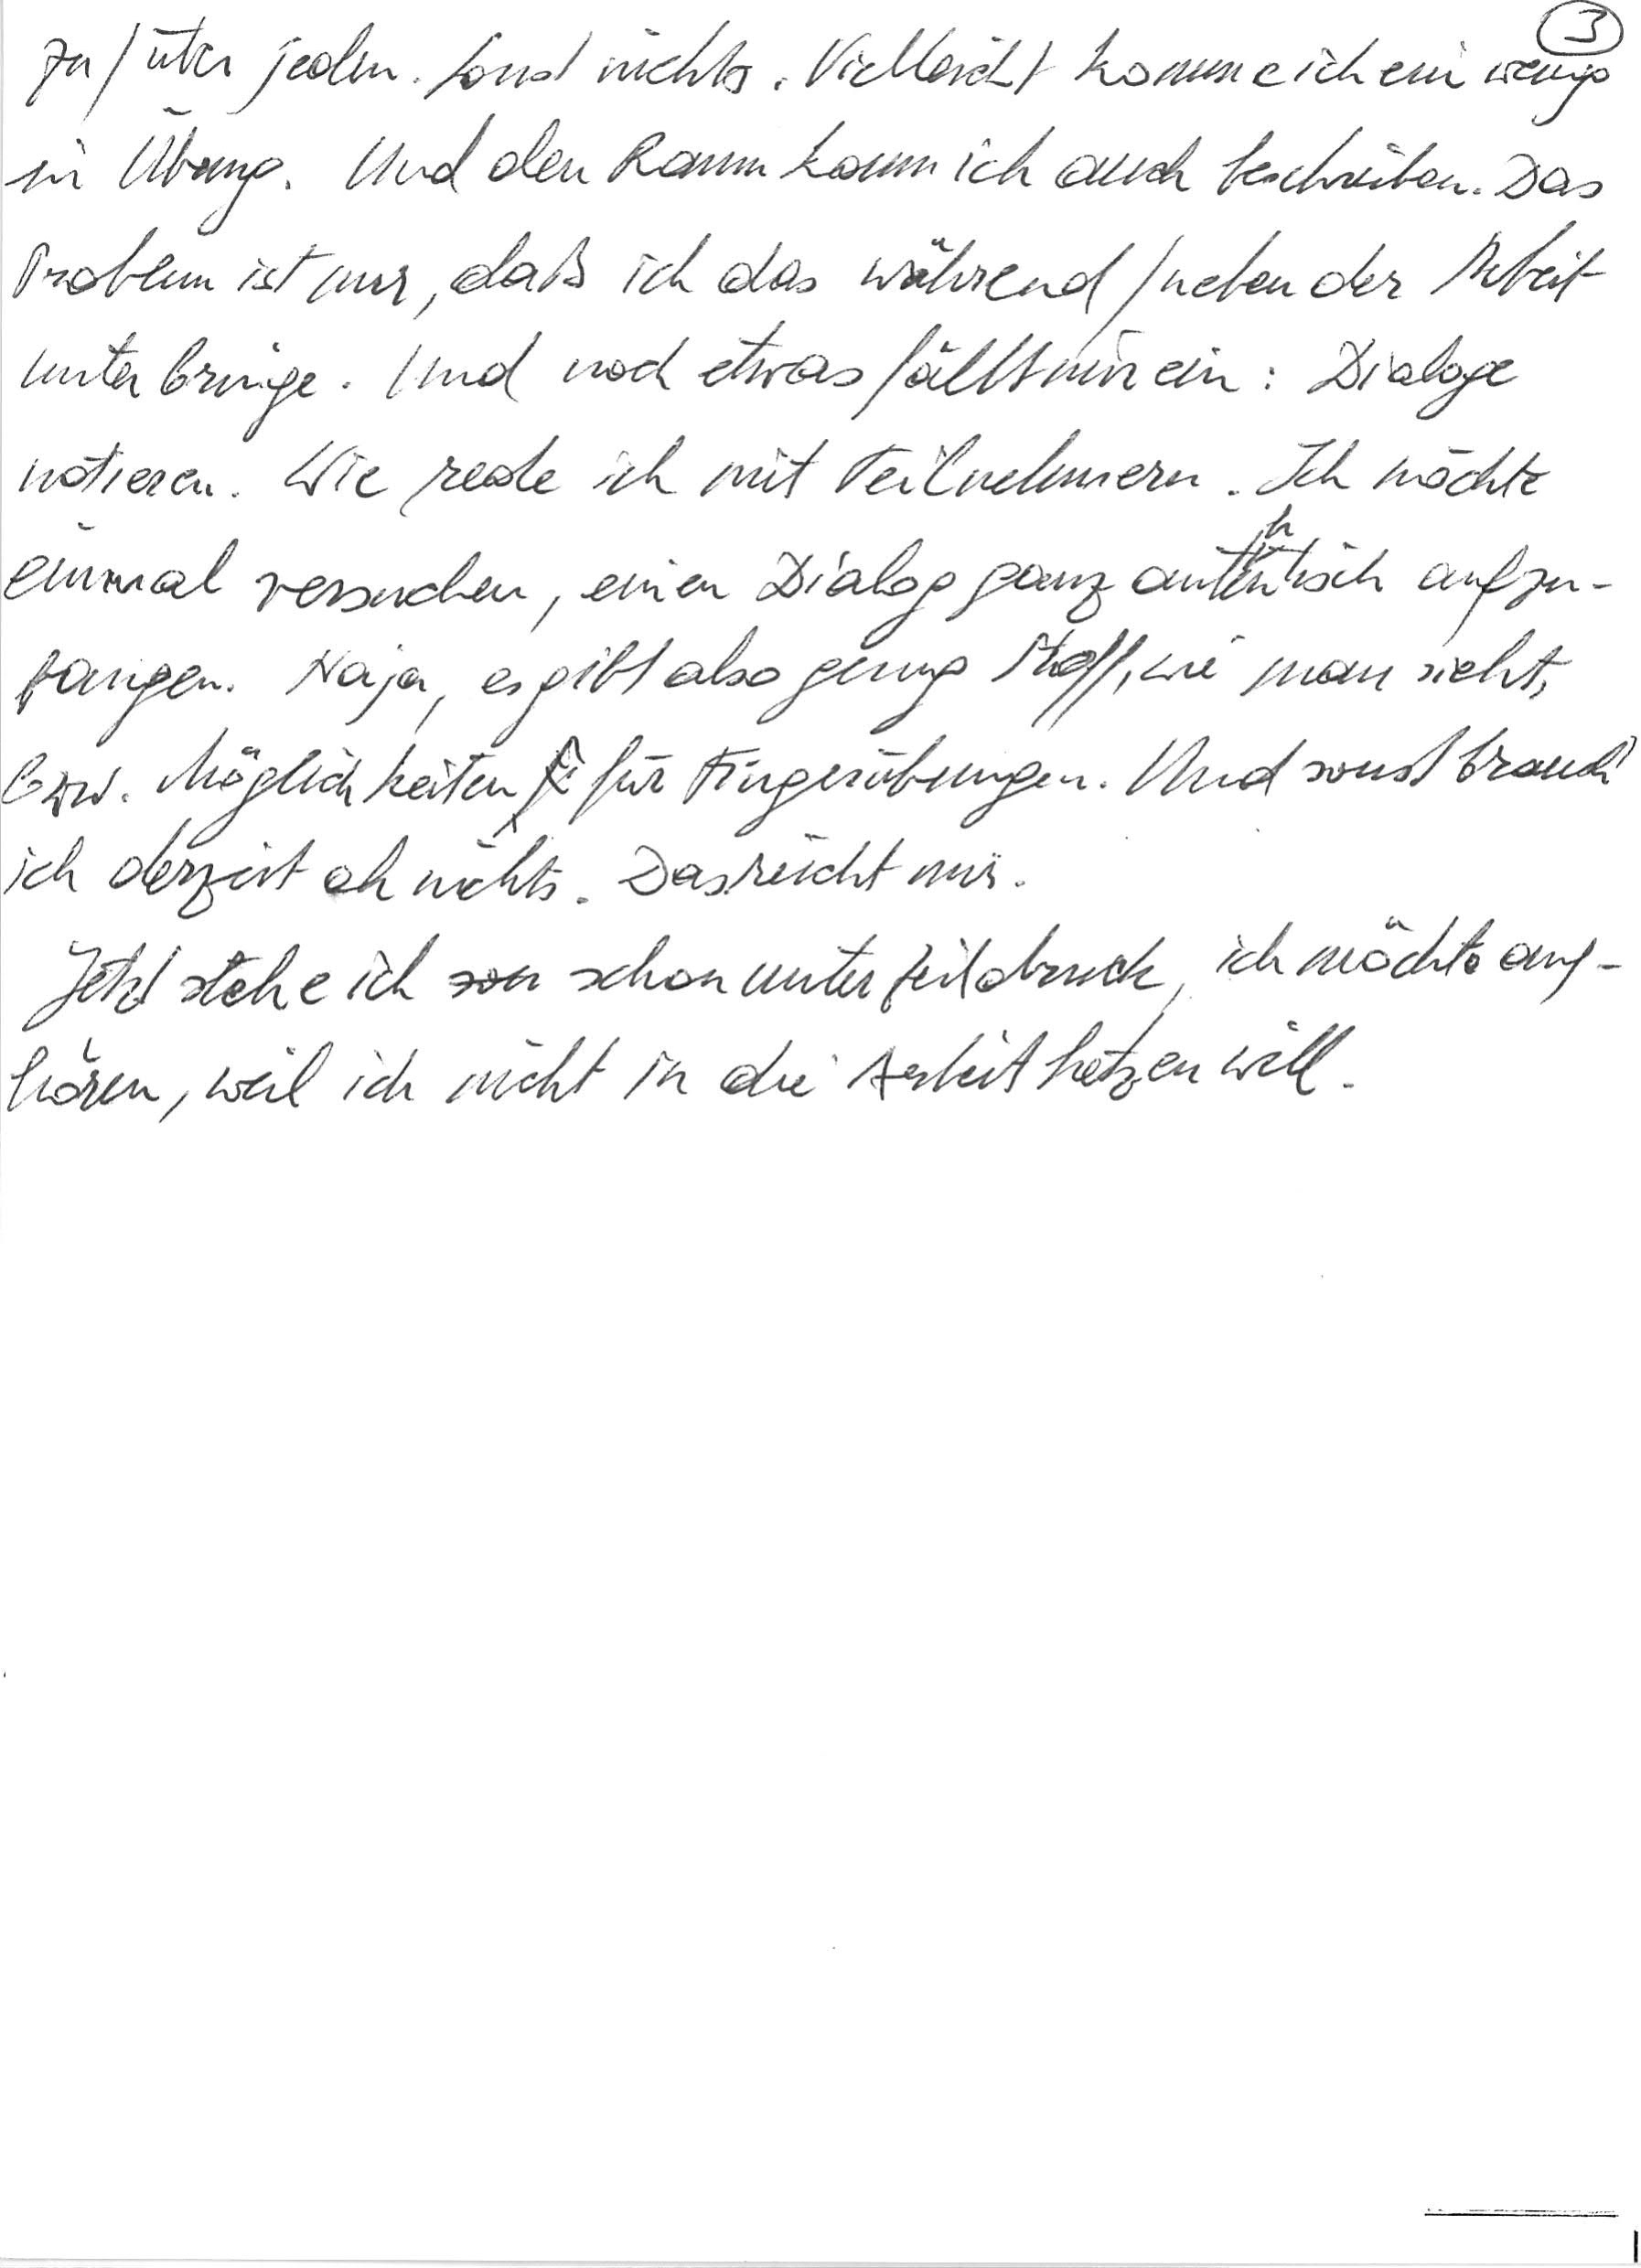
zu/über jede/n. Sonst nichts. Vielleicht komme ich ein wenig
in Übung. Und den Raum kann ich auch beschreiben. Das
Problem ist nur, daß ich das während/neben der Arbeit
unterbringe. Und noch etwas fällt mir ein: Dialoge
notieren. Wie rede ich mit Teilnehmern? Ich möchte
einmal versuchen, einen Dialog ganz authentisch aufzu-
fangen. Naja, es gibt also genug Stoff, wie man sieht,
bzw. Möglichkeiten für Fingerübungen. Und sonst brauch‘
ich derzeit eh nichts. Das reicht mir.
Jetzt stehe ich schon unter Zeitdruck, ich möchte auf-
hören, weil ich nicht in die Arbeit hetzen will.